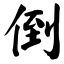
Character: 倒